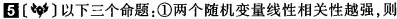
5 以下三个命题：①两个随机变量线性相关性越强，则